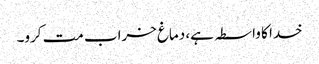
خدا کا واسطہ ہے، دماغ خراب مت کرو۔